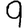
Digit: 9